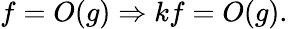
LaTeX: f=O(g)\Rightarrow kf=O(g).